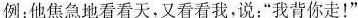
例：他焦急地看看天，又看看我，说：“我背你走！”